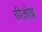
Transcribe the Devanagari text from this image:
डीओइ